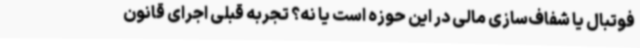
فوتبال یا شفاف‌سازی مالی در این حوزه است یا نه؟ تجربه قبلی اجرای قانون